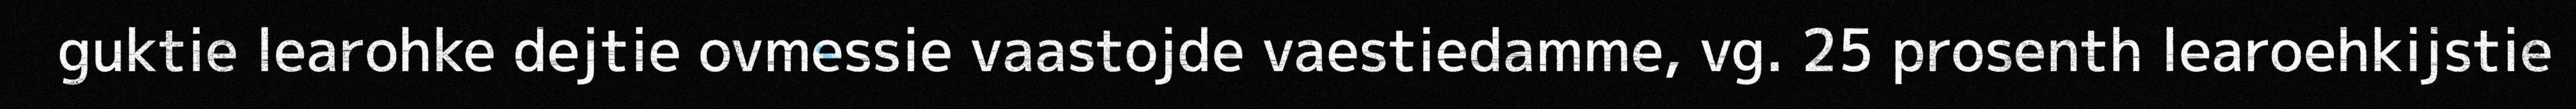
guktie learohke dejtie ovmessie vaastojde vaestiedamme, vg. 25 prosenth learoehkijstie